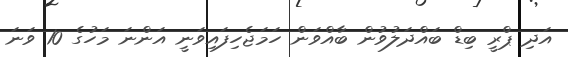
އަދި ޕްރީ ބިޑް ބައްދަލުވުން ބާއްވަން ހަމަޖެހިފައިވަނީ އަންނަ މަހުގެ 10 ވަނަ